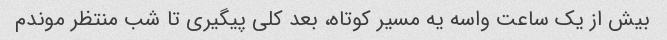
بیش از یک ساعت واسه یه مسیر کوتاه، بعد کلی پیگیری تا شب منتظر موندم